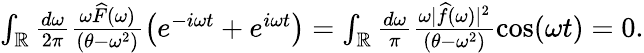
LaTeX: \begin{array}{r}{\int_{\mathbb{R}}\frac{d\omega}{2\pi}\frac{\omega\widehat F(\omega)}{(\theta-\omega^{2})}\left(e^{-i\omega t}+e^{i\omega t}\right)=\int_{\mathbb{R}}\frac{d\omega}{\pi}\frac{\omega|\widehat f(\omega)|^{2}}{(\theta-\omega^{2})}\cos(\omega t)=0.}\end{array}